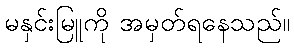
မနှင်းမြူကို အမှတ်ရနေသည်။